Annual administration report of the Civil Veterinary Department of India - 1892-1893
Year: 1892
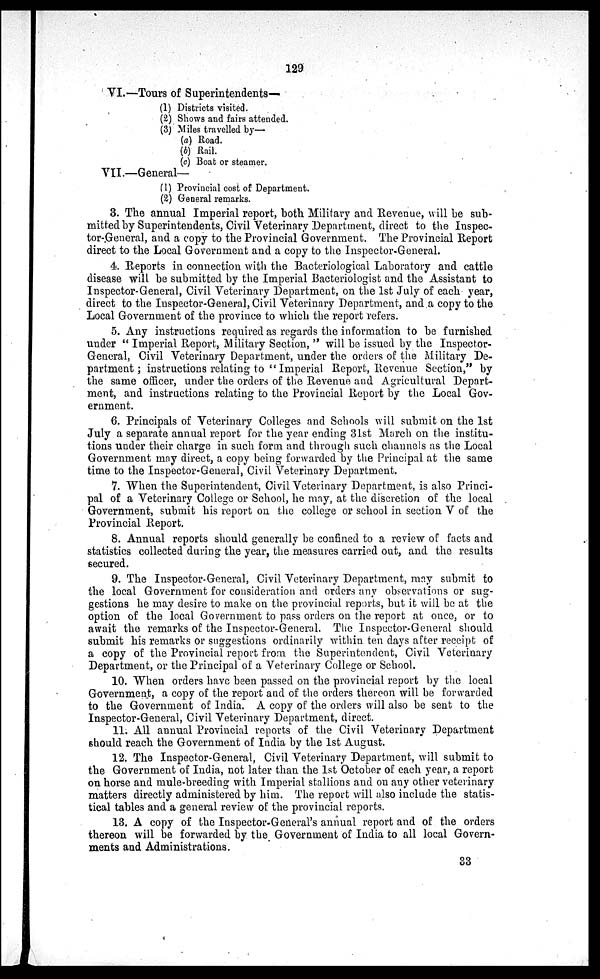
129
VI.—Tours of Superintendents—
(1) Districts visited.
(2) Shows and fairs attended.
(3) Miles travelled by—
(a) Road.
(b) Rail.
(c) Boat or steamer.
VII.—General—
(1) Provincial cost of Department.
(2) General remarks.
3. The annual Imperial report, both Military and Revenue, will be sub-
mitted by Superintendents, Civil Veterinary Department, direct to the Inspec-
tor-General, and a copy to the Provincial Government. The Provincial Report
direct to the Local Government and a copy to the Inspector-General.
4. Reports in connection with the Bacteriological Laboratory and cattle
disease will be submitted by the Imperial Bacteriologist and the Assistant to
Inspector-General, Civil Veterinary Department, on the 1st July of each year,
direct to the Inspector-General, Civil Veterinary Department, and a copy to the
Local Government of the province to which the report refers.
5. Any instructions required as regards the information to be furnished
under "Imperial Report, Military Section," will be issued by the Inspector-
General, Civil Veterinary Department, under the orders of the Military De-
partment; instructions relating to "Imperial Report, Revenue Section," by
the same officer, under the orders of the Revenue and Agricultural Depart-
ment, and instructions relating to the Provincial Report by the Local Gov-
ernment.
6. Principals of Veterinary Colleges and Schools will submit on the 1st
July a separate annual report for the year ending 31st March on the institu-
tions under their charge in such form and through such channels as the Local
Government may direct, a copy being forwarded by the Principal at the same
time to the Inspector-General, Civil Veterinary Department.
7. When the Superintendent, Civil Veterinary Department, is also Princi-
pal of a Veterinary College or School, he may, at the discretion of the local
Government, submit his report on the college or school in section V of the
Provincial Report.
8. Annual reports should generally be confined to a review of facts and
statistics collected during the year, the measures carried out, and the results
secured.
9. The Inspector-General, Civil Veterinary Department, may submit to
the local Government for consideration and orders any observations or sug-
gestions he may desire to make on the provincial reports, but it will be at the
option of the local Government to pass orders on the report at once, or to
await the remarks of the Inspector-General. The Inspector-General should
submit his remarks or suggestions ordinarily within ten days after receipt of
a copy of the Provincial report from the Superintendent, Civil Veterinary
Department, or the Principal of a Veterinary College or School.
10. When orders have been passed on the provincial report by the local
Government, a copy of the report and of the orders thereon will be forwarded
to the Government of India. A copy of the orders will also be sent to the
Inspector-General, Civil Veterinary Department, direct.
11. All annual Provincial reports of the Civil Veterinary Department
should reach the Government of India by the 1st August.
12. The Inspector-General, Civil Veterinary Department, will submit to
the Government of India, not later than the 1st October of each year, a report
on horse and mule-breeding with Imperial stallions and on any other veterinary
matters directly administered by him. The report will also include the statis-
tical tables and a general review of the provincial reports.
13. A copy of the Inspector-General's annual report and of the orders
thereon will be forwarded by the Government of India to all local Govern-
ments and Administrations.
33